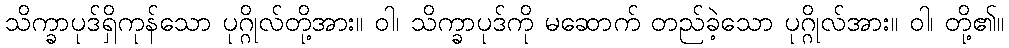
သိက္ခာပုဒ်ရှိကုန်သော ပုဂ္ဂိုလ်တို့အား။ ဝါ၊ သိက္ခာပုဒ်ကို မဆောက် တည်ခဲ့သော ပုဂ္ဂိုလ်အား။ ဝါ၊ တို့၏။